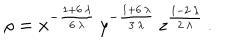
\rho = { x ^ { - \frac { 1 + 6 \, \lambda } { 6 \, \lambda } } \, y ^ { - \frac { 1 + 6 \, \lambda } { 3 \, \lambda } } \, z ^ { \frac { 1 - 2 \, \lambda } { 2 \, \lambda } } } \, .